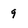
Character: 9